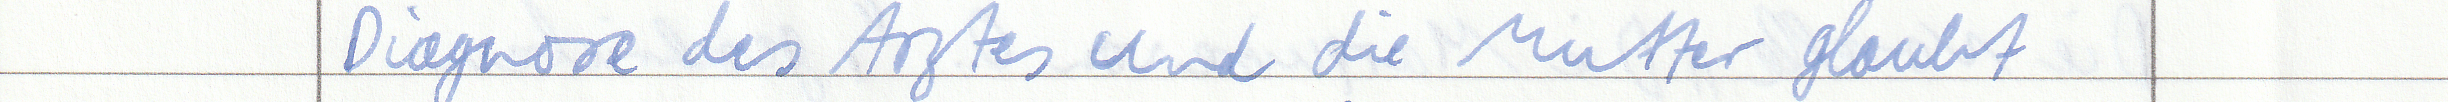
Diagnose des Arztes und die Mutter glaubt